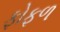
ફોફળ